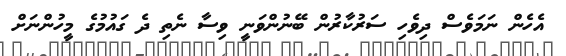
އެހެން ނަމަވެސް ދިވެހި ސަރުކާރުން ބޭނުންވަނީ ވިސާ ނެތި ދެ ގައުމުގެ މީހުންނަށް